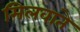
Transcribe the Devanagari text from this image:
मिलवाते